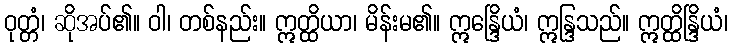
ဝုတ္တံ၊ ဆိုအပ်၏။ ဝါ၊ တစ်နည်း။ ဣတ္ထိယာ၊ မိန်းမ၏။ ဣန္ဒြေိယံ၊ ဣန္ဒြသည်။ ဣတ္ထိန္ဒြိယံ၊